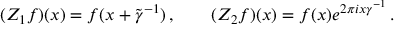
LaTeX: ( Z _ { 1 } f ) ( x ) = f ( x + \tilde { \gamma } ^ { - 1 } ) \, , \qquad ( Z _ { 2 } f ) ( x ) = f ( x ) e ^ { 2 \pi i x \gamma ^ { - 1 } } \, .